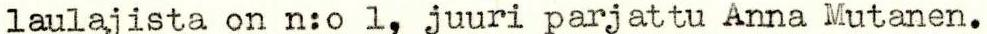
laulajista on n:o 1, juuri parjattu Anna Mutanen.